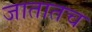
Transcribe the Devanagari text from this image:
जातातच